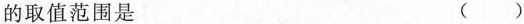
的取值范围是 ()